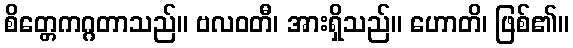
စိတ္တေကဂ္ဂတာသည်။ ဗလဝတီ၊ အားရှိသည်။ ဟောတိ၊ ဖြစ်၏။